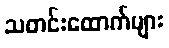
သတင်းထောက်များ